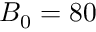
B _ { 0 } = 8 0